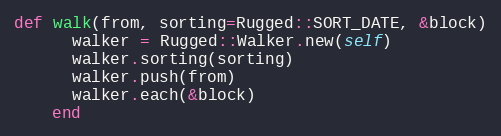
Language: Ruby
def walk(from, sorting=Rugged::SORT_DATE, &block)
      walker = Rugged::Walker.new(self)
      walker.sorting(sorting)
      walker.push(from)
      walker.each(&block)
    end